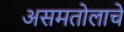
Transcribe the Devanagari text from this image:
असमतोलाचे